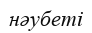
нәубеті